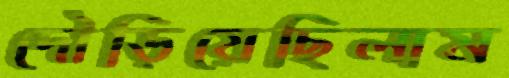
দৌড়িয়েছিলাম